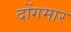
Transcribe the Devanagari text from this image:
दोंगमार